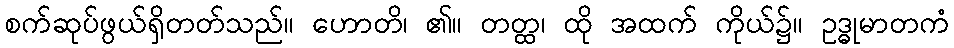
စက်ဆုပ်ဖွယ်ရှိတတ်သည်။ ဟောတိ၊ ၏။ တတ္ထ၊ ထို အထက် ကိုယ်၌။ ဥဒ္ဓုမာတကံ